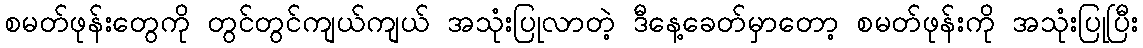
စမတ်ဖုန်းတွေကို တွင်တွင်ကျယ်ကျယ် အသုံးပြုလာတဲ့ ဒီနေ့ခေတ်မှာတော့ စမတ်ဖုန်းကို အသုံးပြုပြီး